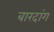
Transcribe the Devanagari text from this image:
बारदांग